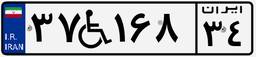
۳۷W۱۶۸۳۴